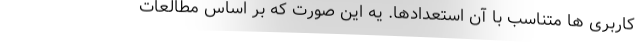
کاربری ها متناسب با آن استعدادها. یه این صورت که بر اساس مطالعات